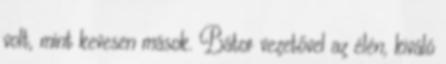
volt, mint kevesen mások. Bátor vezetővel az élén, kiváló